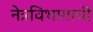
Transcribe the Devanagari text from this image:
नेत्रविभागाची